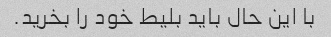
با این حال باید بلیط خود را بخرید.